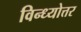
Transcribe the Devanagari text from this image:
विन्ध्योत्तर